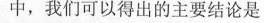
中，我们可以得出的主要结论是